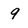
Character: 9